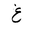
Letter: _gayn